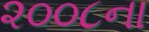
૨૦૦૮ના